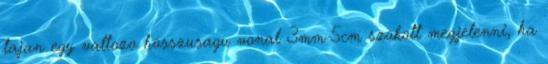
tajan egy valtozo hosszusagu vonal 3mm-5cm szokott megjelenni, ha